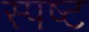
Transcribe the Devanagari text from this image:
स्‍पष्ट